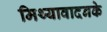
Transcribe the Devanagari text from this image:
मिथ्यावादनके